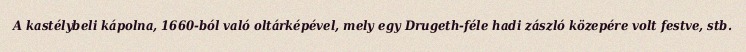
A kastélybeli kápolna, 1660-ból való oltárképével, mely egy Drugeth-féle hadi zászló közepére volt festve, stb.